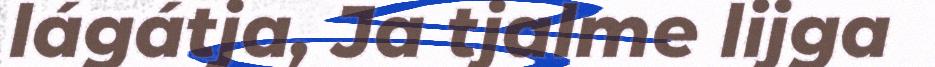
lágátja, Ja tjalme lijga